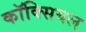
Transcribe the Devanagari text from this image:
कॉक्सियल